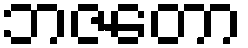
ဘဇတော